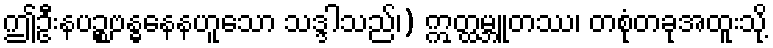
ဤဦးနပဉ္စဗန္ဓနေနဟူသော သဒ္ဒါသည်၊) ဣတ္ထမ္ဘူတဿ၊ တစုံတခုအထူးသို့